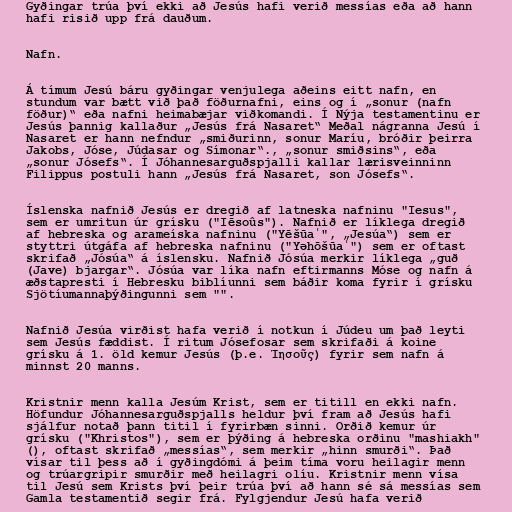
Gyðingar trúa því ekki að Jesús hafi verið messías eða að hann
hafi risið upp frá dauðum.

Nafn.

Á tímum Jesú báru gyðingar venjulega aðeins eitt nafn, en
stundum var bætt við það föðurnafni, eins og í „sonur (nafn
föður)“ eða nafni heimabæjar viðkomandi. Í Nýja testamentinu er
Jesús þannig kallaður „Jesús frá Nasaret“ Meðal nágranna Jesú í
Nasaret er hann nefndur „smiðurinn, sonur Maríu, bróðir þeirra
Jakobs, Jóse, Júdasar og Símonar“., „sonur smiðsins“, eða
„sonur Jósefs“. Í Jóhannesarguðspjalli kallar lærisveinninn
Filippus postuli hann „Jesús frá Nasaret, son Jósefs“.

Íslenska nafnið Jesús er dregið af latneska nafninu "Iesus",
sem er umritun úr grísku ("Iēsoûs"). Nafnið er líklega dregið
af hebreska og arameíska nafninu ("Yēšūaʿ", „Jesúa“) sem er
styttri útgáfa af hebreska nafninu ("Yəhōšūaʿ") sem er oftast
skrifað „Jósúa“ á íslensku. Nafnið Jósúa merkir líklega „guð
(Jave) bjargar“. Jósúa var líka nafn eftirmanns Móse og nafn á
æðstapresti í Hebresku biblíunni sem báðir koma fyrir í grísku
Sjötíumannaþýðingunni sem "".

Nafnið Jesúa virðist hafa verið í notkun í Júdeu um það leyti
sem Jesús fæddist. Í ritum Jósefosar sem skrifaði á koine
grísku á 1. öld kemur Jesús (þ.e. Ἰησοῦς) fyrir sem nafn á
minnst 20 manns.

Kristnir menn kalla Jesúm Krist, sem er titill en ekki nafn.
Höfundur Jóhannesarguðspjalls heldur því fram að Jesús hafi
sjálfur notað þann titil í fyrirbæn sinni. Orðið kemur úr
grísku ("Khristos"), sem er þýðing á hebreska orðinu "mashiakh"
(), oftast skrifað „messías“, sem merkir „hinn smurði“. Það
vísar til þess að í gyðingdómi á þeim tíma voru heilagir menn
og trúargripir smurðir með heilagri olíu. Kristnir menn vísa
til Jesú sem Krists því þeir trúa því að hann sé sá messías sem
Gamla testamentið segir frá. Fylgjendur Jesú hafa verið